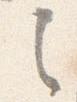
之